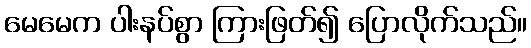
မေမေက ပါးနပ်စွာ ကြားဖြတ်၍ ပြောလိုက်သည်။